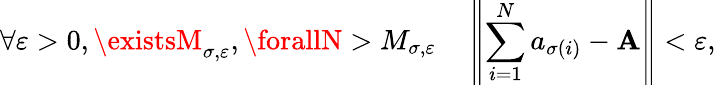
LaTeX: \forall\varepsilon>0,\existsM_{\sigma,\varepsilon},\forallN>M_{\sigma,\varepsilon}\quad\left\| \sum_{i=1}^{N}a_{\sigma(i)}-\mathbf{A}\right\| <\varepsilon,